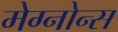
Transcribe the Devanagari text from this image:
मेग्नोन्स